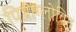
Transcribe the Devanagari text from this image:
पिन्नाग्लोबिन